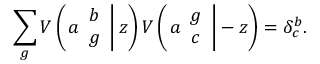
\sum _ { g } V \left( \left. a \begin{array} { c } { { b } } \\ { { g } } \end{array} \right| z \right) V \left( \left. a \begin{array} { c } { { g } } \\ { { c } } \end{array} \right| - z \right) = \delta _ { c } ^ { b } .